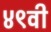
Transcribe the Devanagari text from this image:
४९वी